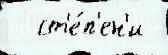
  ст'е́п'ен'и